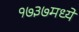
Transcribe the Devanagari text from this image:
१७३७मध्ये